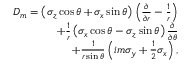
\begin{array} { r } { D _ { m } = \left( \sigma _ { z } \cos \theta + \sigma _ { x } \sin \theta \right) \left( \frac { \partial } { \partial r } - \frac { 1 } { r } \right) } \\ { + \frac { 1 } { r } \left( \sigma _ { x } \cos \theta - \sigma _ { z } \sin \theta \right) \frac { \partial } { \partial \theta } } \\ { + \frac { 1 } { r \sin \theta } \left( i m \sigma _ { y } + \frac { 1 } { 2 } \sigma _ { x } \right) , } \end{array}